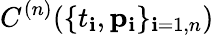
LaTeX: C^{(n)}(\{ t_{\mathbf{i}},{\mathbf{p}}_{\mathbf{i}}\} _{\mathbf{i}=1,n})